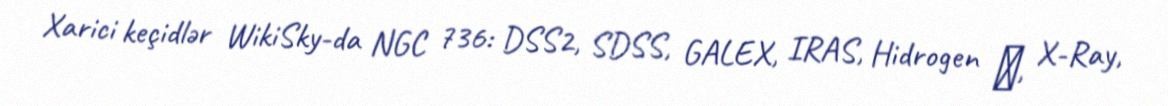
Xarici keçidlər WikiSky-da NGC 736: DSS2, SDSS, GALEX, IRAS, Hidrogen α, X-Ray,